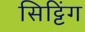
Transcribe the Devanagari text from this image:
सिट्टिंग